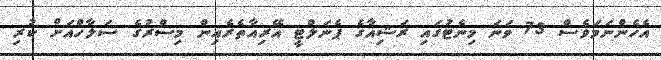
އެހެންނަމަވެސް 73 ވަނަ މިނެޓުގައި ރަޝިއާގެ ޕެނަލްޓީ އޭރިއާތެރެއިން މިސްރުގެ ސަލާހްއަށް ކުރި